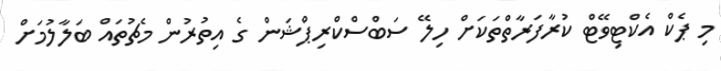
މި ޕެކް އެކްޓިވޭޓް ކުރާފަރާތްތަކަށް ހިލޭ ސަބްސްކްރިޕްޝަން ގެ އިތުރުން މެޗުތައް ބަލާލުމަށް